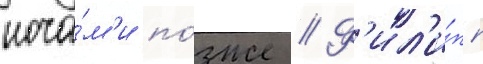
ноча́м'и по́зже // Ф'ил'и́пп